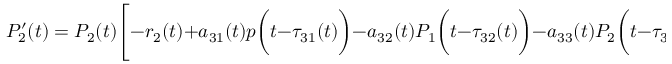
P _ { 2 } ^ { \prime } ( t ) = P _ { 2 } ( t ) { \Biggl [ } - r _ { 2 } ( t ) + a _ { 3 1 } ( t ) p { \biggl ( } t - \tau _ { 3 1 } ( t ) { \biggr ) } - a _ { 3 2 } ( t ) P _ { 1 } { \biggl ( } t - \tau _ { 3 2 } ( t ) { \biggr ) } - a _ { 3 3 } ( t ) P _ { 2 } { \biggl ( } t - \tau _ { 3 3 } ( t ) { \biggr ) } { \Biggr ] }